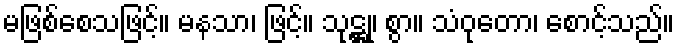
မဖြစ်စေသဖြင့်။ မနသာ၊ ဖြင့်။ သုဋ္ဌု၊ စွာ။ သံဝုတော၊ စောင့်သည်။